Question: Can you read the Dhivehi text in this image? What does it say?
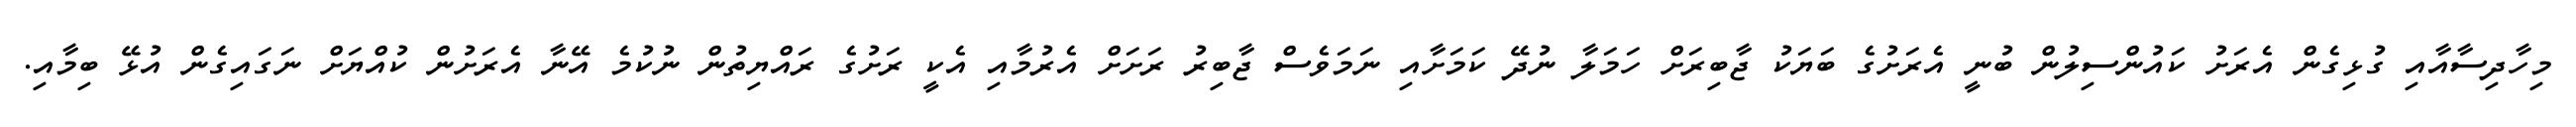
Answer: މިހާދިސާއާއި ގުޅިގެން އެރަށު ކައުންސިލުން ބުނީ އެރަށުގެ ބަޔަކު ޖާބިރަށް ހަމަލާ ނުދޭ ކަމަށާއި ނަމަވެސް ޖާބިރު ރަށަށް އެރުމާއި އެކީ ރަށުގެ ރައްޔިތުން ނުކުމެ އޭނާ އެރަށުން ކުއްޔަށް ނަގައިގެން އުޅޭ ބިމާއި.